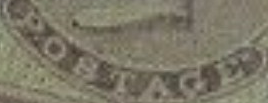
POSTACE